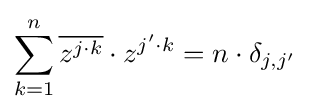
\sum _{k=1}^{n}{\overline {z^{j\cdot k}}}\cdot z^{j'\cdot k}=n\cdot \delta _{j,j'}